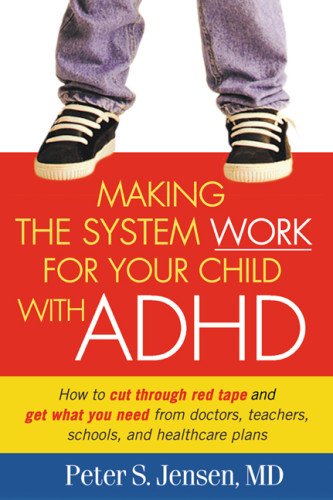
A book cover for Making the System Work for Your Child with ADHD; Peter S. Jensen MD; Health, Fitness & Dieting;